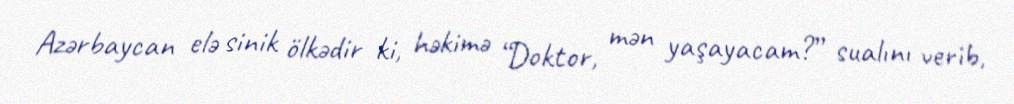
Azərbaycan elə sinik ölkədir ki, həkimə “Doktor, mən yaşayacam?” sualını verib,